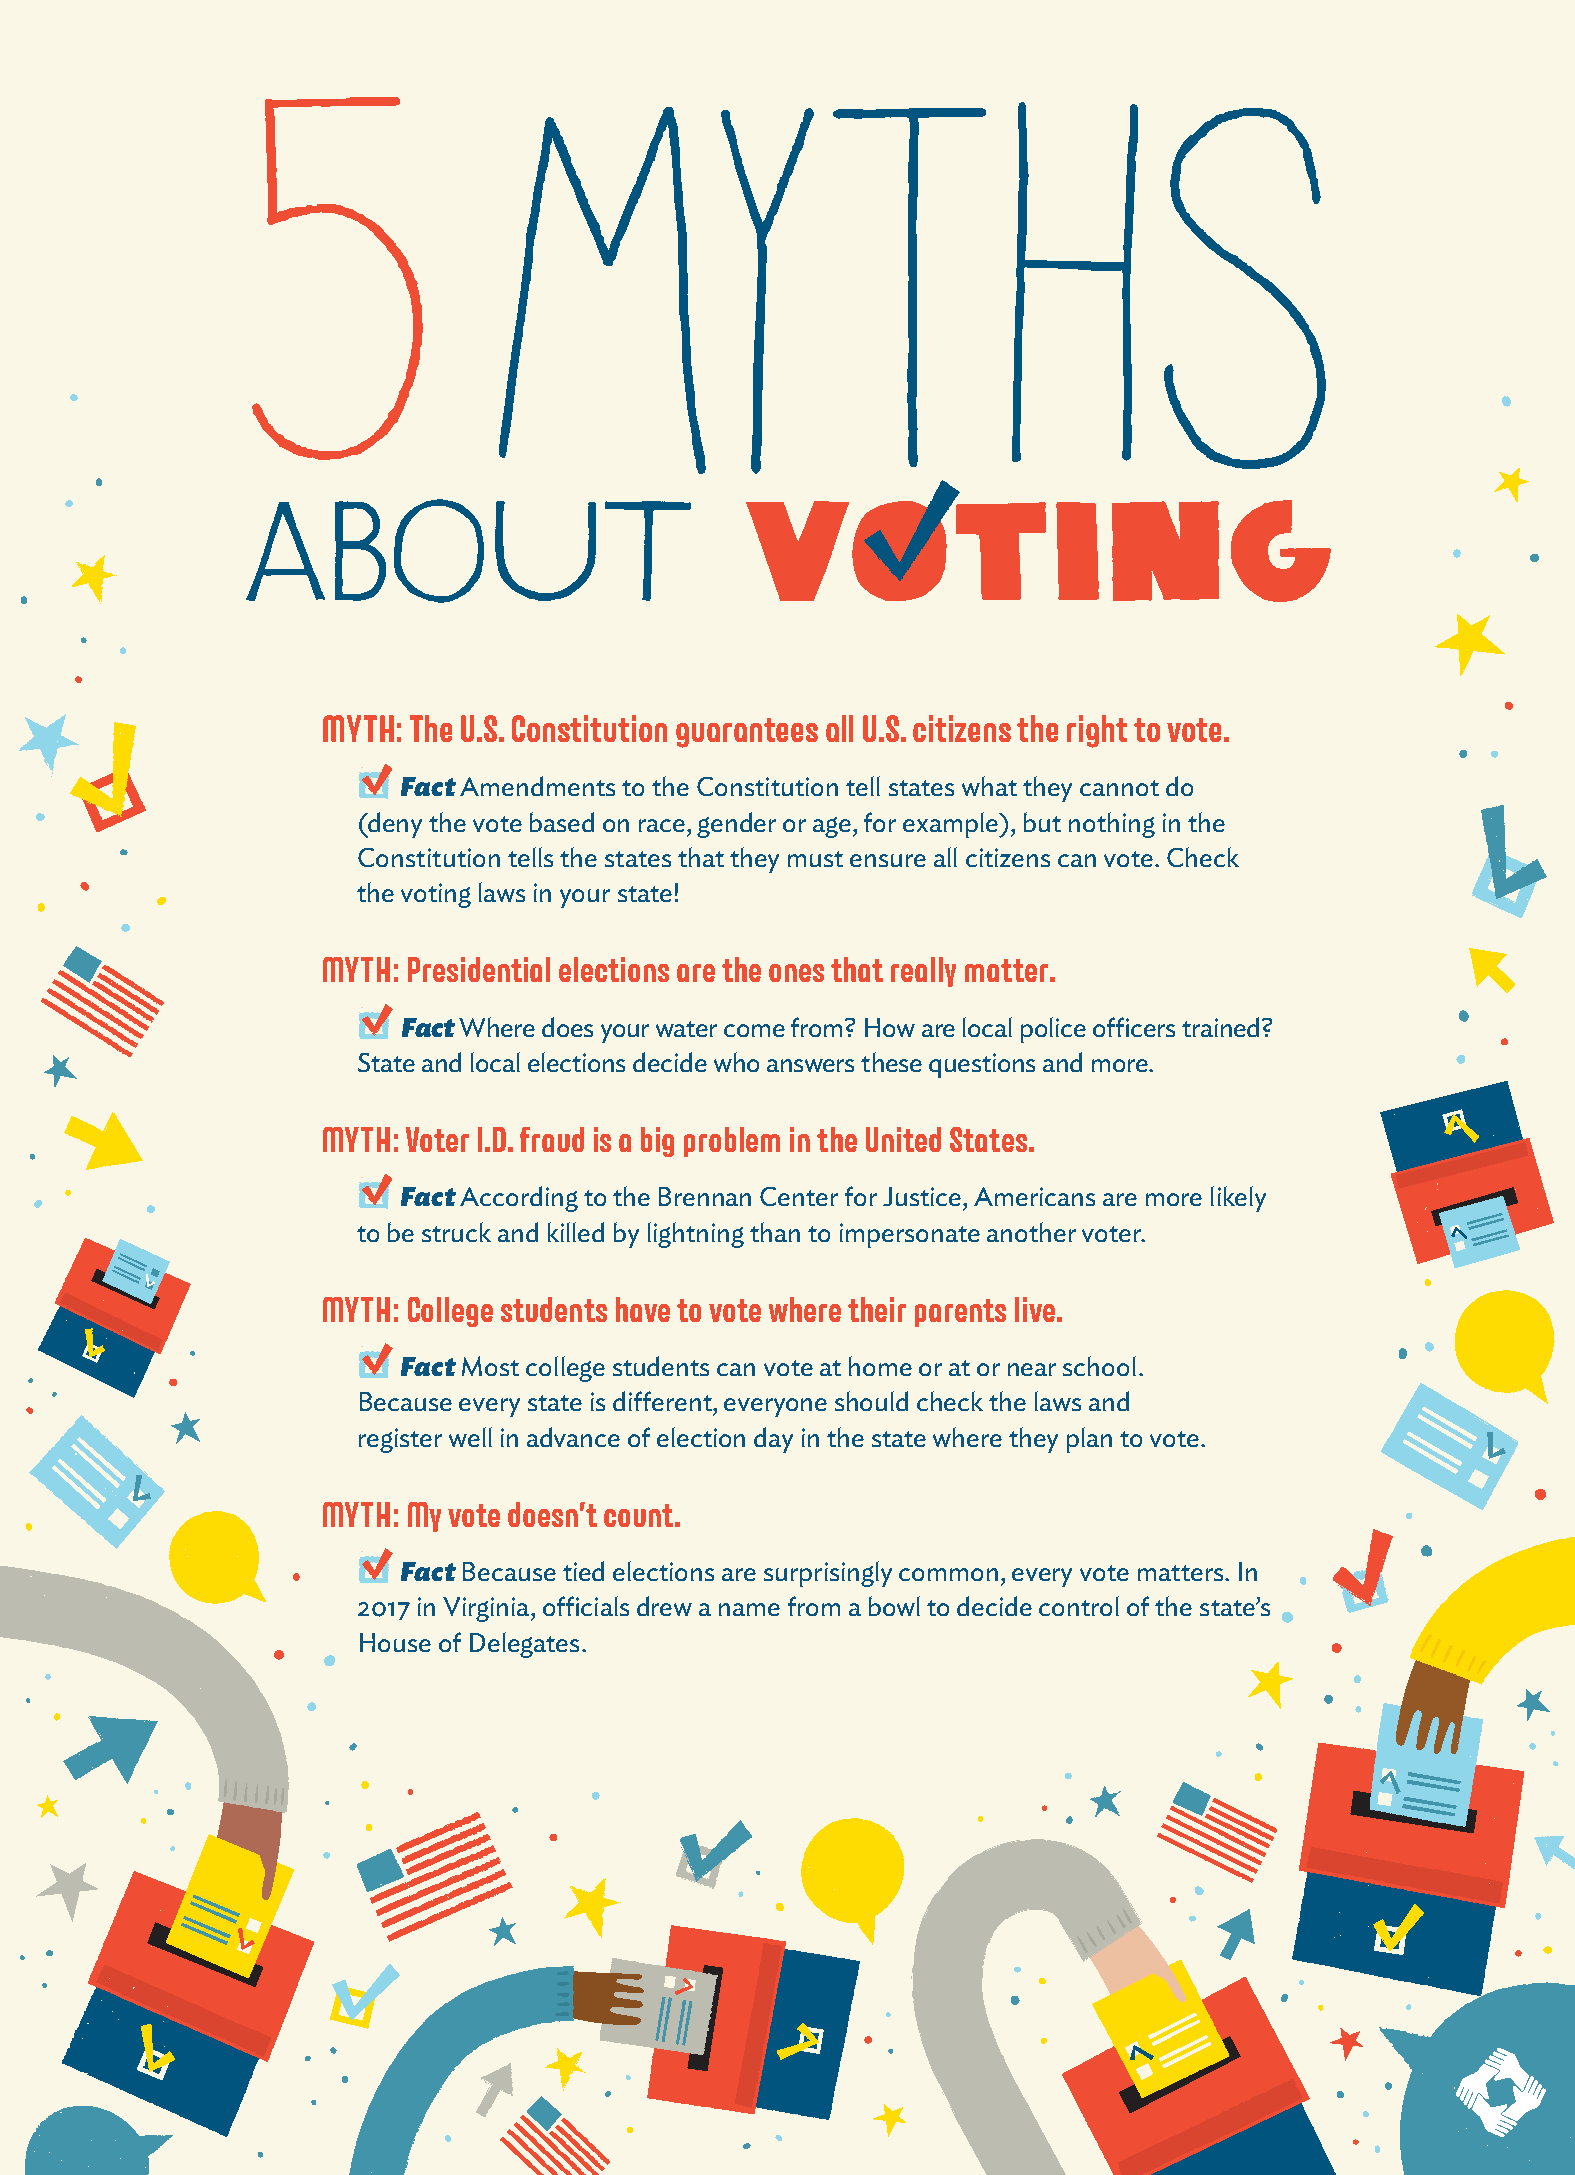
5               MYTHS
 about                            VOTING
 MYTH: The U.S. Constitution guarantees all U.S. citizens the right to vote.
 Fact Amendments to the Constitution tell states what they cannot do
 (deny the vote based on race, gender or age, for example), but nothing in the
 Constitution tells the states that they must ensure all citizens can vote. Check
 the voting laws in your state!
 MYTH: Presidential elections are the ones that really matter.
 Fact Where does your water come from? How are local police officers trained?
 State and local elections decide who answers these questions and more.
 MYTH: Voter I.D. fraud is a big problem in the United States.
 Fact According to the Brennan Center for Justice, Americans are more likely
 to be struck and killed by lightning than to impersonate another voter.
 MYTH: College students have to vote where their parents live.
 Fact Most college students can vote at home or at or near school.
 Because every state is different, everyone should check the laws and
 register well in advance of election day in the state where they plan to vote.
 MYTH: My vote doesn’t count.
 Fact Because tied elections are surprisingly common, every vote matters. In
 2017 in Virginia, officials drew a name from a bowl to decide control of the state’s
 House of Delegates.